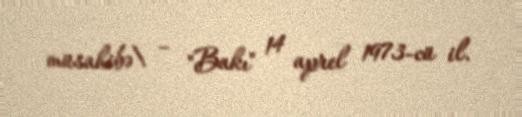
müsahibə\ – "Bakı" 14 aprel 1973-cü il.